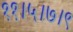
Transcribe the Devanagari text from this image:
११।५।७।९